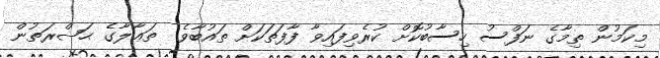
މިކަމުން ތިމާގެ ނަފްސު ހިސާބުކޮށް ކުރެވިފައިވާ ފާފަތަކަށް ތައުބާވެ  ތަޢާލާގެ ޙަޟްރަތުން